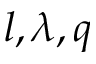
l , \lambda , q